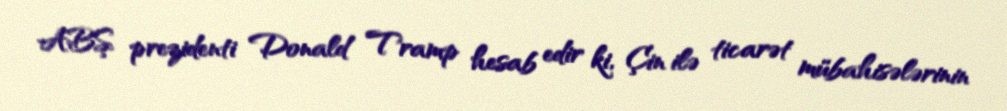
ABŞ prezidenti Donald Tramp hesab edir ki, Çin ilə ticarət mübahisələrinin